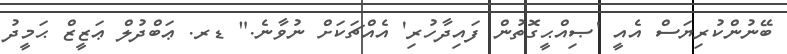
ބޭނުންކުރިޔަސް އެއީ 'ޞިއްޙީގޮތުން ފައިދާހުރި' އެއްޗަކަށް ނުވާނެ." ޑރ. ޢަބްދުލް ޢަޒީޒް ޙަމީދު